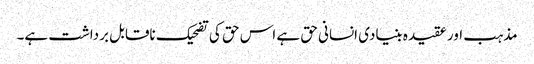
مذہب اور عقیدہ بنیادی انسانی حق ہے اس حق کی تضحیک ناقابل برداشت ہے۔